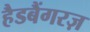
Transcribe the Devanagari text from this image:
हैडबैंगरज़